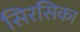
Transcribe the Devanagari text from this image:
सिरसिका